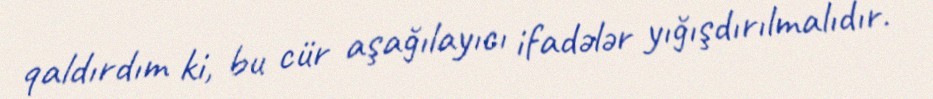
qaldırdım ki, bu cür aşağılayıcı ifadələr yığışdırılmalıdır.